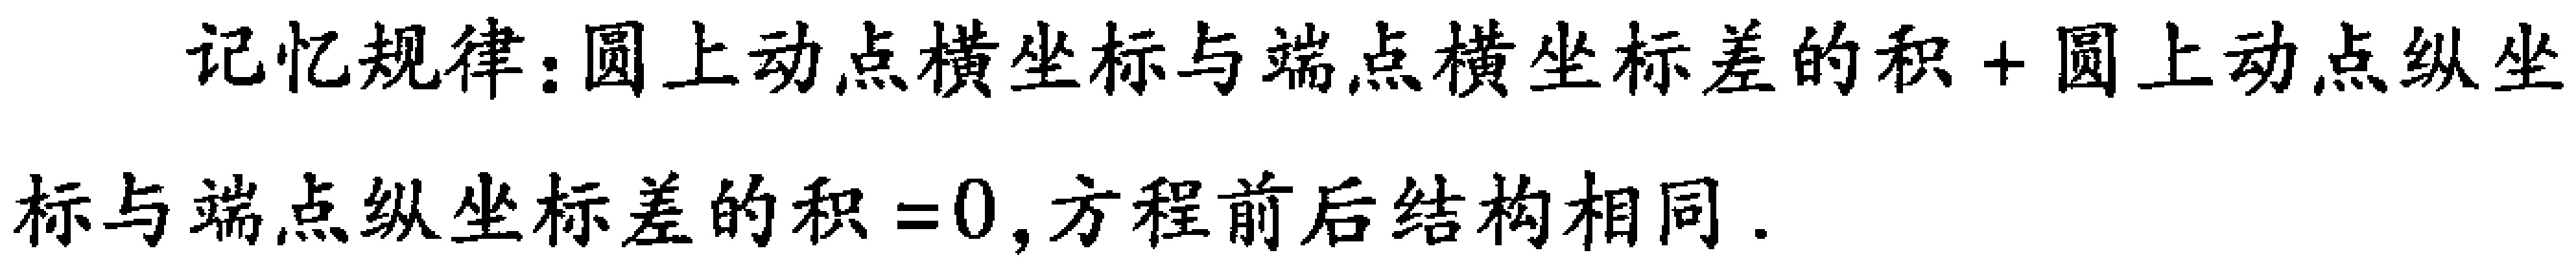
记忆规律：圆上动点横坐标与端点横坐标差的积 + 圆上动点纵坐标与端点纵坐标差的积 = 0, 方程前后结构相同.